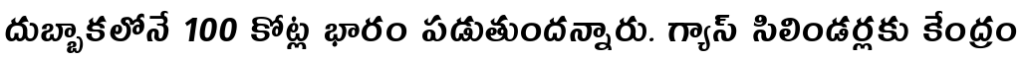
దుబ్బాకలోనే 100 కోట్ల భారం పడుతుందన్నారు. గ్యాస్ సిలిండర్లకు కేంద్రం